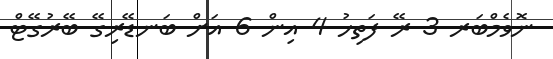
ނޮވެމްބަރ 3 ރޭ ފަތިހު 4 އިން 6 އަށް ބަނޑޭރިގޭ ބޭރުގޭޓް